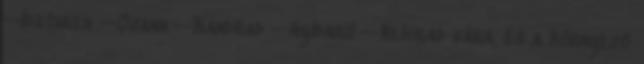
--Idethren --Ozann --Kandrad --Hyldaril --Nelorad vára, és a környező